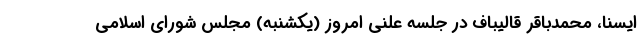
ایسنا، محمدباقر قالیباف در جلسه علنی امروز (یکشنبه) مجلس شورای اسلامی